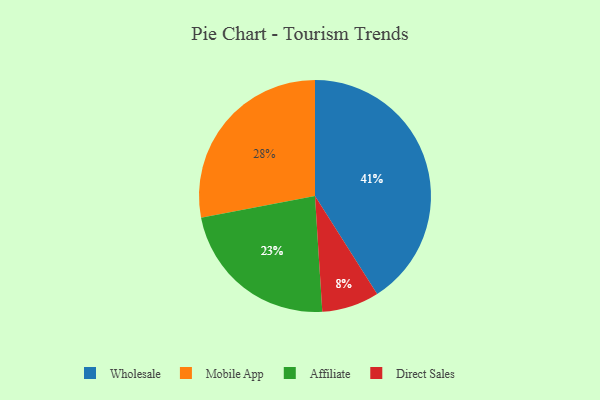
{"axis": {"x": "Category", "y": "Percentage"}, "legend": ["Affiliate", "Direct Sales", "Mobile App", "Wholesale"], "data": [{"x": "Direct Sales", "y": 8, "type": "Direct Sales"}, {"x": "Mobile App", "y": 28, "type": "Mobile App"}, {"x": "Wholesale", "y": 41, "type": "Wholesale"}, {"x": "Affiliate", "y": 23, "type": "Affiliate"}]}